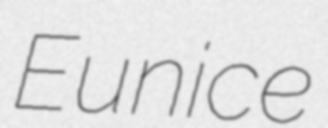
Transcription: Eunice